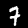
Label: 7